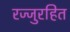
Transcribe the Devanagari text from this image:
रज्जुरहित